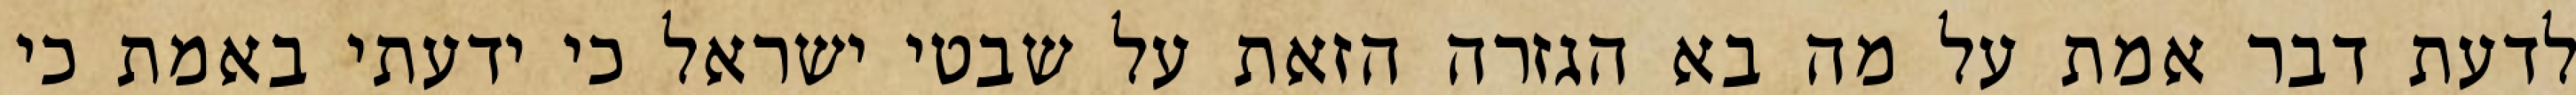
לדעת דבר אמת על מה בא הגזרה הזאת על שבטי ישראל כי ידעתי באמת כי